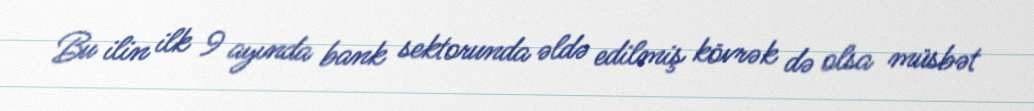
Bu ilin ilk 9 ayında bank sektorunda əldə edilmiş kövrək də olsa müsbət